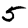
Digit: 5